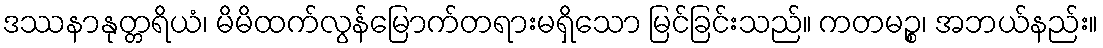
ဒဿနာနုတ္တရိယံ၊ မိမိထက်လွန်မြောက်တရားမရှိသော မြင်ခြင်းသည်။ ကတမဉ္စ၊ အဘယ်နည်း။